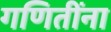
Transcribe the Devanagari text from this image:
गणितींना